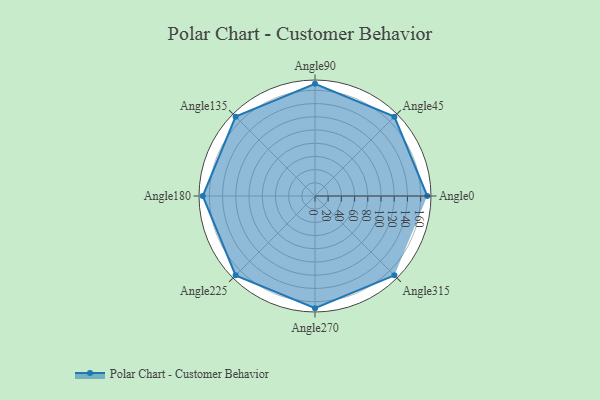
{"axis": {"x": "Angle", "y": "Radius"}, "legend": [""], "data": [{"x": "Angle0", "y": 170.0, "type": ""}, {"x": "Angle45", "y": 170, "type": ""}, {"x": "Angle90", "y": 170, "type": ""}, {"x": "Angle135", "y": 170, "type": ""}, {"x": "Angle180", "y": 170, "type": ""}, {"x": "Angle225", "y": 170.0, "type": ""}, {"x": "Angle270", "y": 170, "type": ""}, {"x": "Angle315", "y": 170, "type": ""}]}